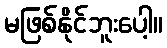
မဖြစ်နိုင်ဘူးပေါ့။